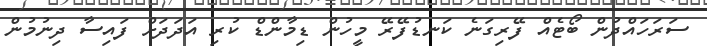
ސަރަހައްދުން ބޯޓެއް ފޭރިގަނެ ކަނޑުފޭރޭ މީހުން ޑިމާންޑް ކުރި އަދަދަށް ފައިސާ ދިނުމުން